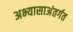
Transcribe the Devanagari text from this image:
अभ्यासाअंतर्गत